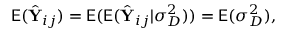
\mathsf E ( \hat { \mathbf Y } _ { i j } ) = \mathsf E ( \mathsf E ( \hat { \mathbf Y } _ { i j } | \sigma _ { D } ^ { 2 } ) ) = \mathsf E ( \sigma _ { D } ^ { 2 } ) ,